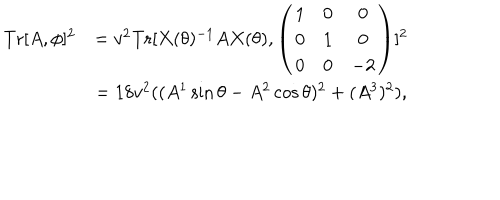
LaTeX: \begin{array} { c c } { { \mathrm { T r } [ A , \phi ] ^ { 2 } } } & { { = v ^ { 2 } \mathrm { T r } [ X ( \theta ) ^ { - 1 } A X ( \theta ) , \left( \begin{array} { c c c } { { 1 } } & { { 0 } } & { { 0 } } \\ { { 0 } } & { { 1 } } & { { 0 } } \\ { { 0 } } & { { 0 } } & { { - 2 } } \\ \end{array} \right) ] ^ { 2 } } } \\ { { } } & { { = 1 8 v ^ { 2 } ( ( A ^ { 1 } \sin \theta - A ^ { 2 } \cos \theta ) ^ { 2 } + ( A ^ { 3 } ) ^ { 2 } ) , } } \\ \end{array}